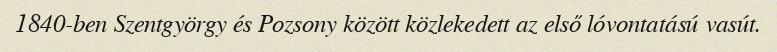
1840-ben Szentgyörgy és Pozsony között közlekedett az első lóvontatású vasút.